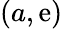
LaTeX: (a,\mathrm{e})